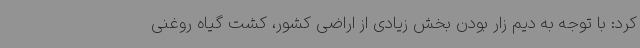
کرد: با توجه به دیم زار بودن بخش زیادی از اراضی کشور، کشت گیاه روغنی